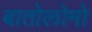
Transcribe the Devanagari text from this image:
बातोलोमो